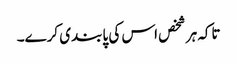
تاکہ ہر شخص اس کی پابندی کرے۔